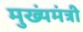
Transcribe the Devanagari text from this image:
मुख्यंमंत्री